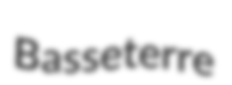
Basseterre